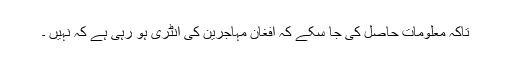
تاکہ معلومات حاصل کی جا سکے کہ افغان مہاجرین کی انٹری ہو رہی ہے کہ نہیں ۔